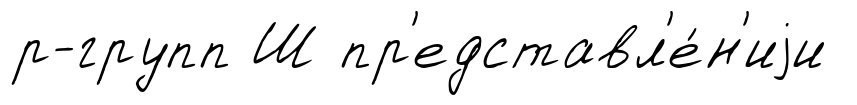
р-групп Ш пр'едставл'е́н'иjи